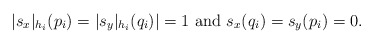
\begin{align*}|s_{x}|_{h_i}(p_i)=|s_{y}|_{h_i}(q_i)|=1~{\rm and}~ s_{x}(q_i)=s_{y}(p_i)=0.\end{align*}